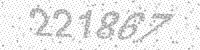
Solution: 221867